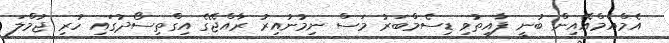
އެމްއެމްއޭއިން ބުނީ ފާއިތުވި ޑިސެމްބަރު މަސް ނިމުނުއިރު ރާއްޖޭގެ އިގްތިސޯދުގައި ހުރި ޖުމްލަ